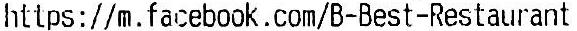
HTTPS://M.FACEBOOK.COM/B-BEST-RESTAURANT